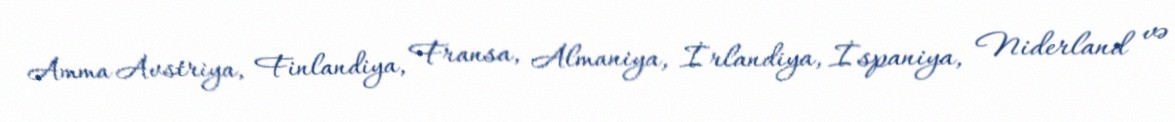
Amma Avstriya, Finlandiya, Fransa, Almaniya, İrlandiya, İspaniya, Niderland və